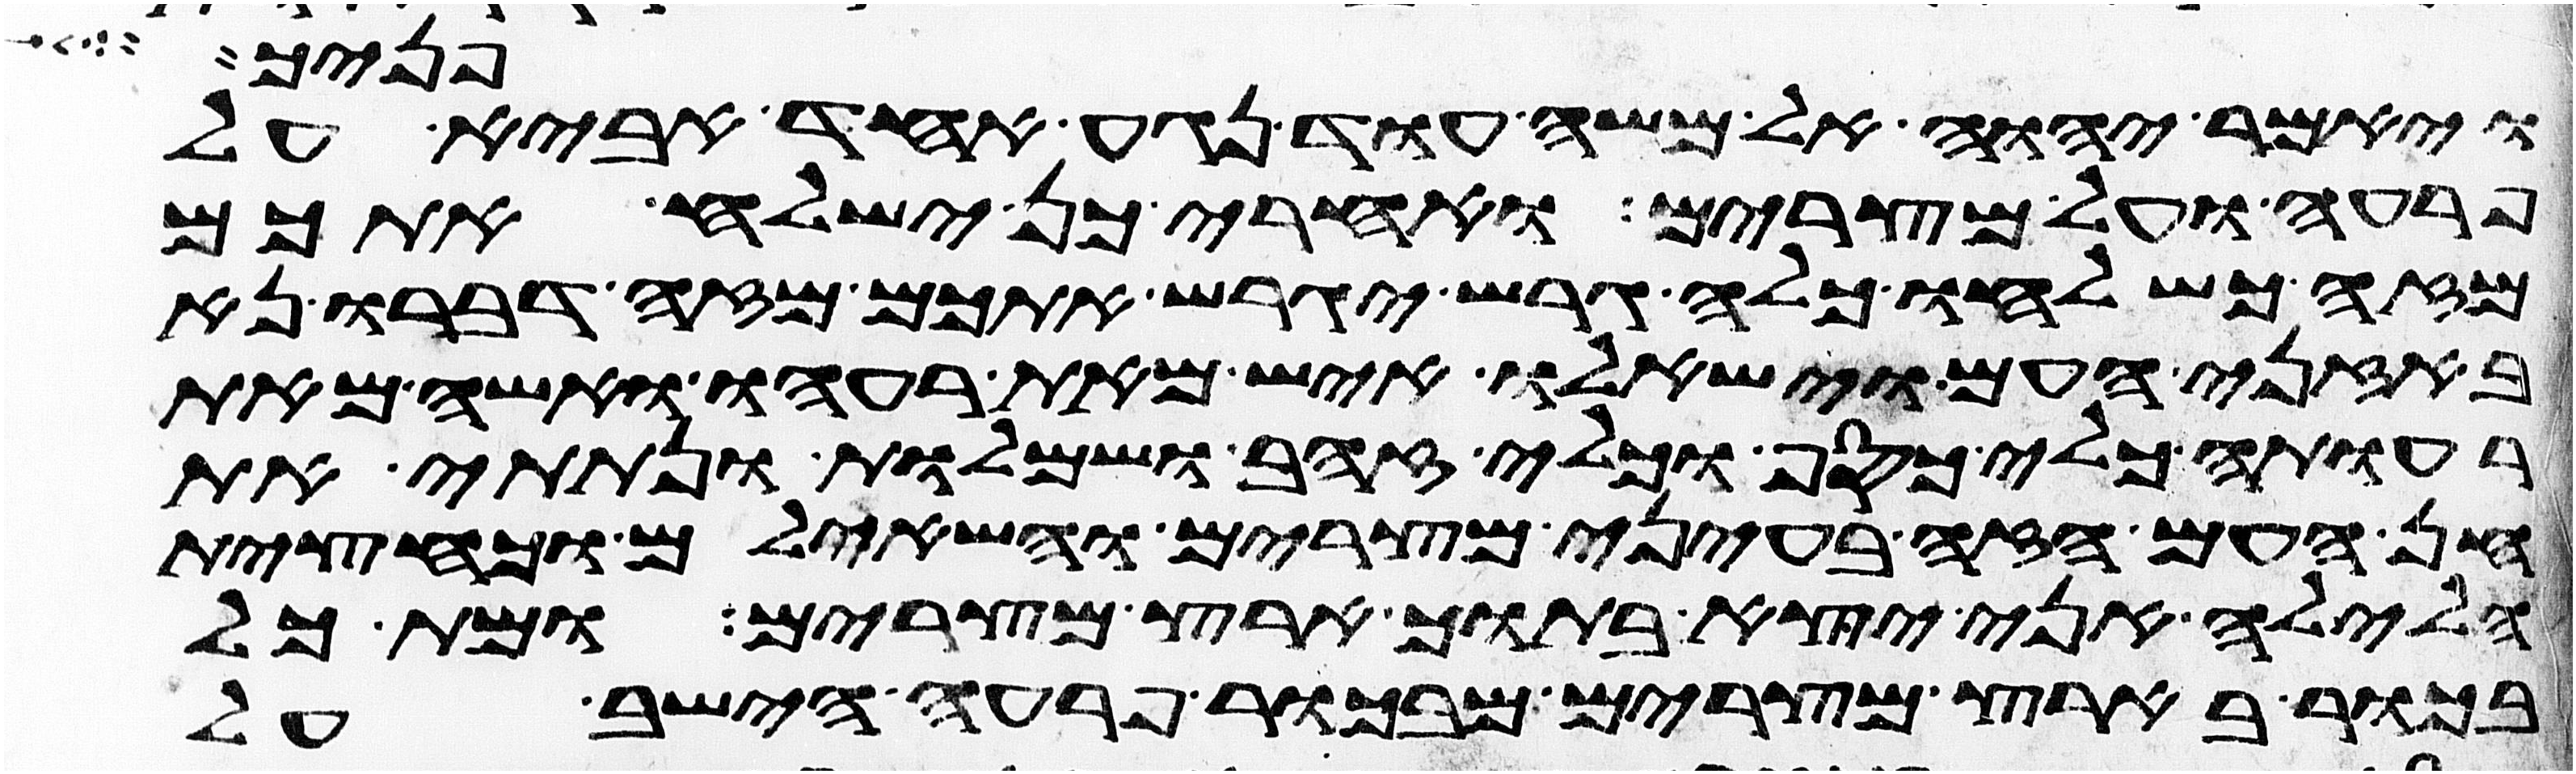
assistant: פניך
ויאמר יהוה אל משה עוד נגע אחד אביא על
פרעה ועל מצרים ואחרי כן ישלח אתכם
מזה כשלחו כלה גרש יגרש אתכם מזה דברו נא
באזני העם וישאלו איש מאת רעהו ואשה מאת
רעותה כלי כסף וכלי זהב ושמלות ונתתי את
חן העם הזה בעיני מצרים והשאלום וכחצית
הלילה אני יצא בתוך ארץ מצרים ומת כל
בכור בארץ מצרים מבכור פרעה הישב על